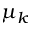
\mu _ { k }